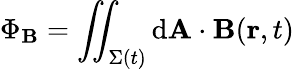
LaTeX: \Phi_{\mathbf{B}}=\iint_{\Sigma(t)}\mathrm{{d}}\mathbf{{A}}\cdot\mathbf{{\mathbf{B}}}(\mathbf{{r}},t)